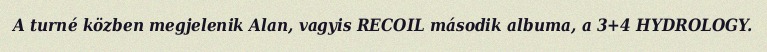
A turné közben megjelenik Alan, vagyis RECOIL második albuma, a 3+4 HYDROLOGY.